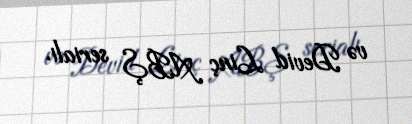
və Devid Linç ABŞ serialı.